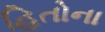
હિતોના